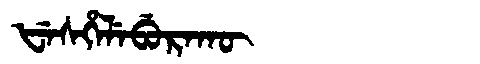
Manchu: ᡶᡝᠰᡥᡝᠯᡝᠪᡠᡵᠠᡴᡡ
Romanization: FESHELEBURAKŪ